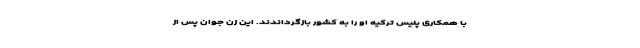
با همکاری پلیس ترکیه او را به کشور بازگرداندند. این زن جوان پس از